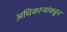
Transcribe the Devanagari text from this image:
अधिकार्‍यांकडून